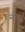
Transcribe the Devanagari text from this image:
नीघ